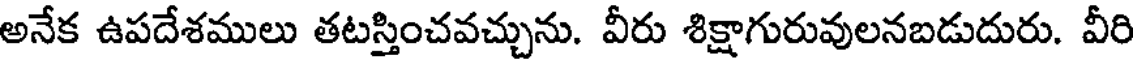
అనేక ఉపదేశములు తటస్తించవచ్చును. వీరు శిక్షాగురువులనబడుదురు. వీరి